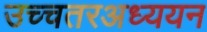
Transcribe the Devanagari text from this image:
उच्चतरअध्ययन